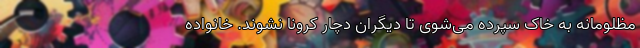
مظلومانه به خاک سپرده می‌‌شوی تا دیگران دچار کرونا نشوند. خانواده